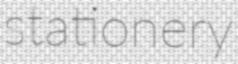
stationery